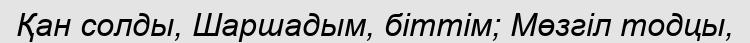
Қан солды, Шаршадым, біттім; Мөзгіл тодцы,